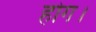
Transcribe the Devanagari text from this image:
होग।